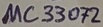
Text: µC33072